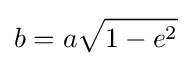
b=a{\sqrt {1-e^{2}}}